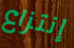
إنتزاع